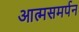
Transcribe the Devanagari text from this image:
आत्मसमर्पन